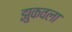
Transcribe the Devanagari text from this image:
झुकवला